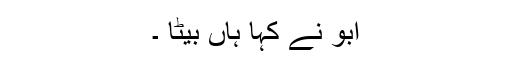
ابو نے کہا ہاں بیٹا ۔